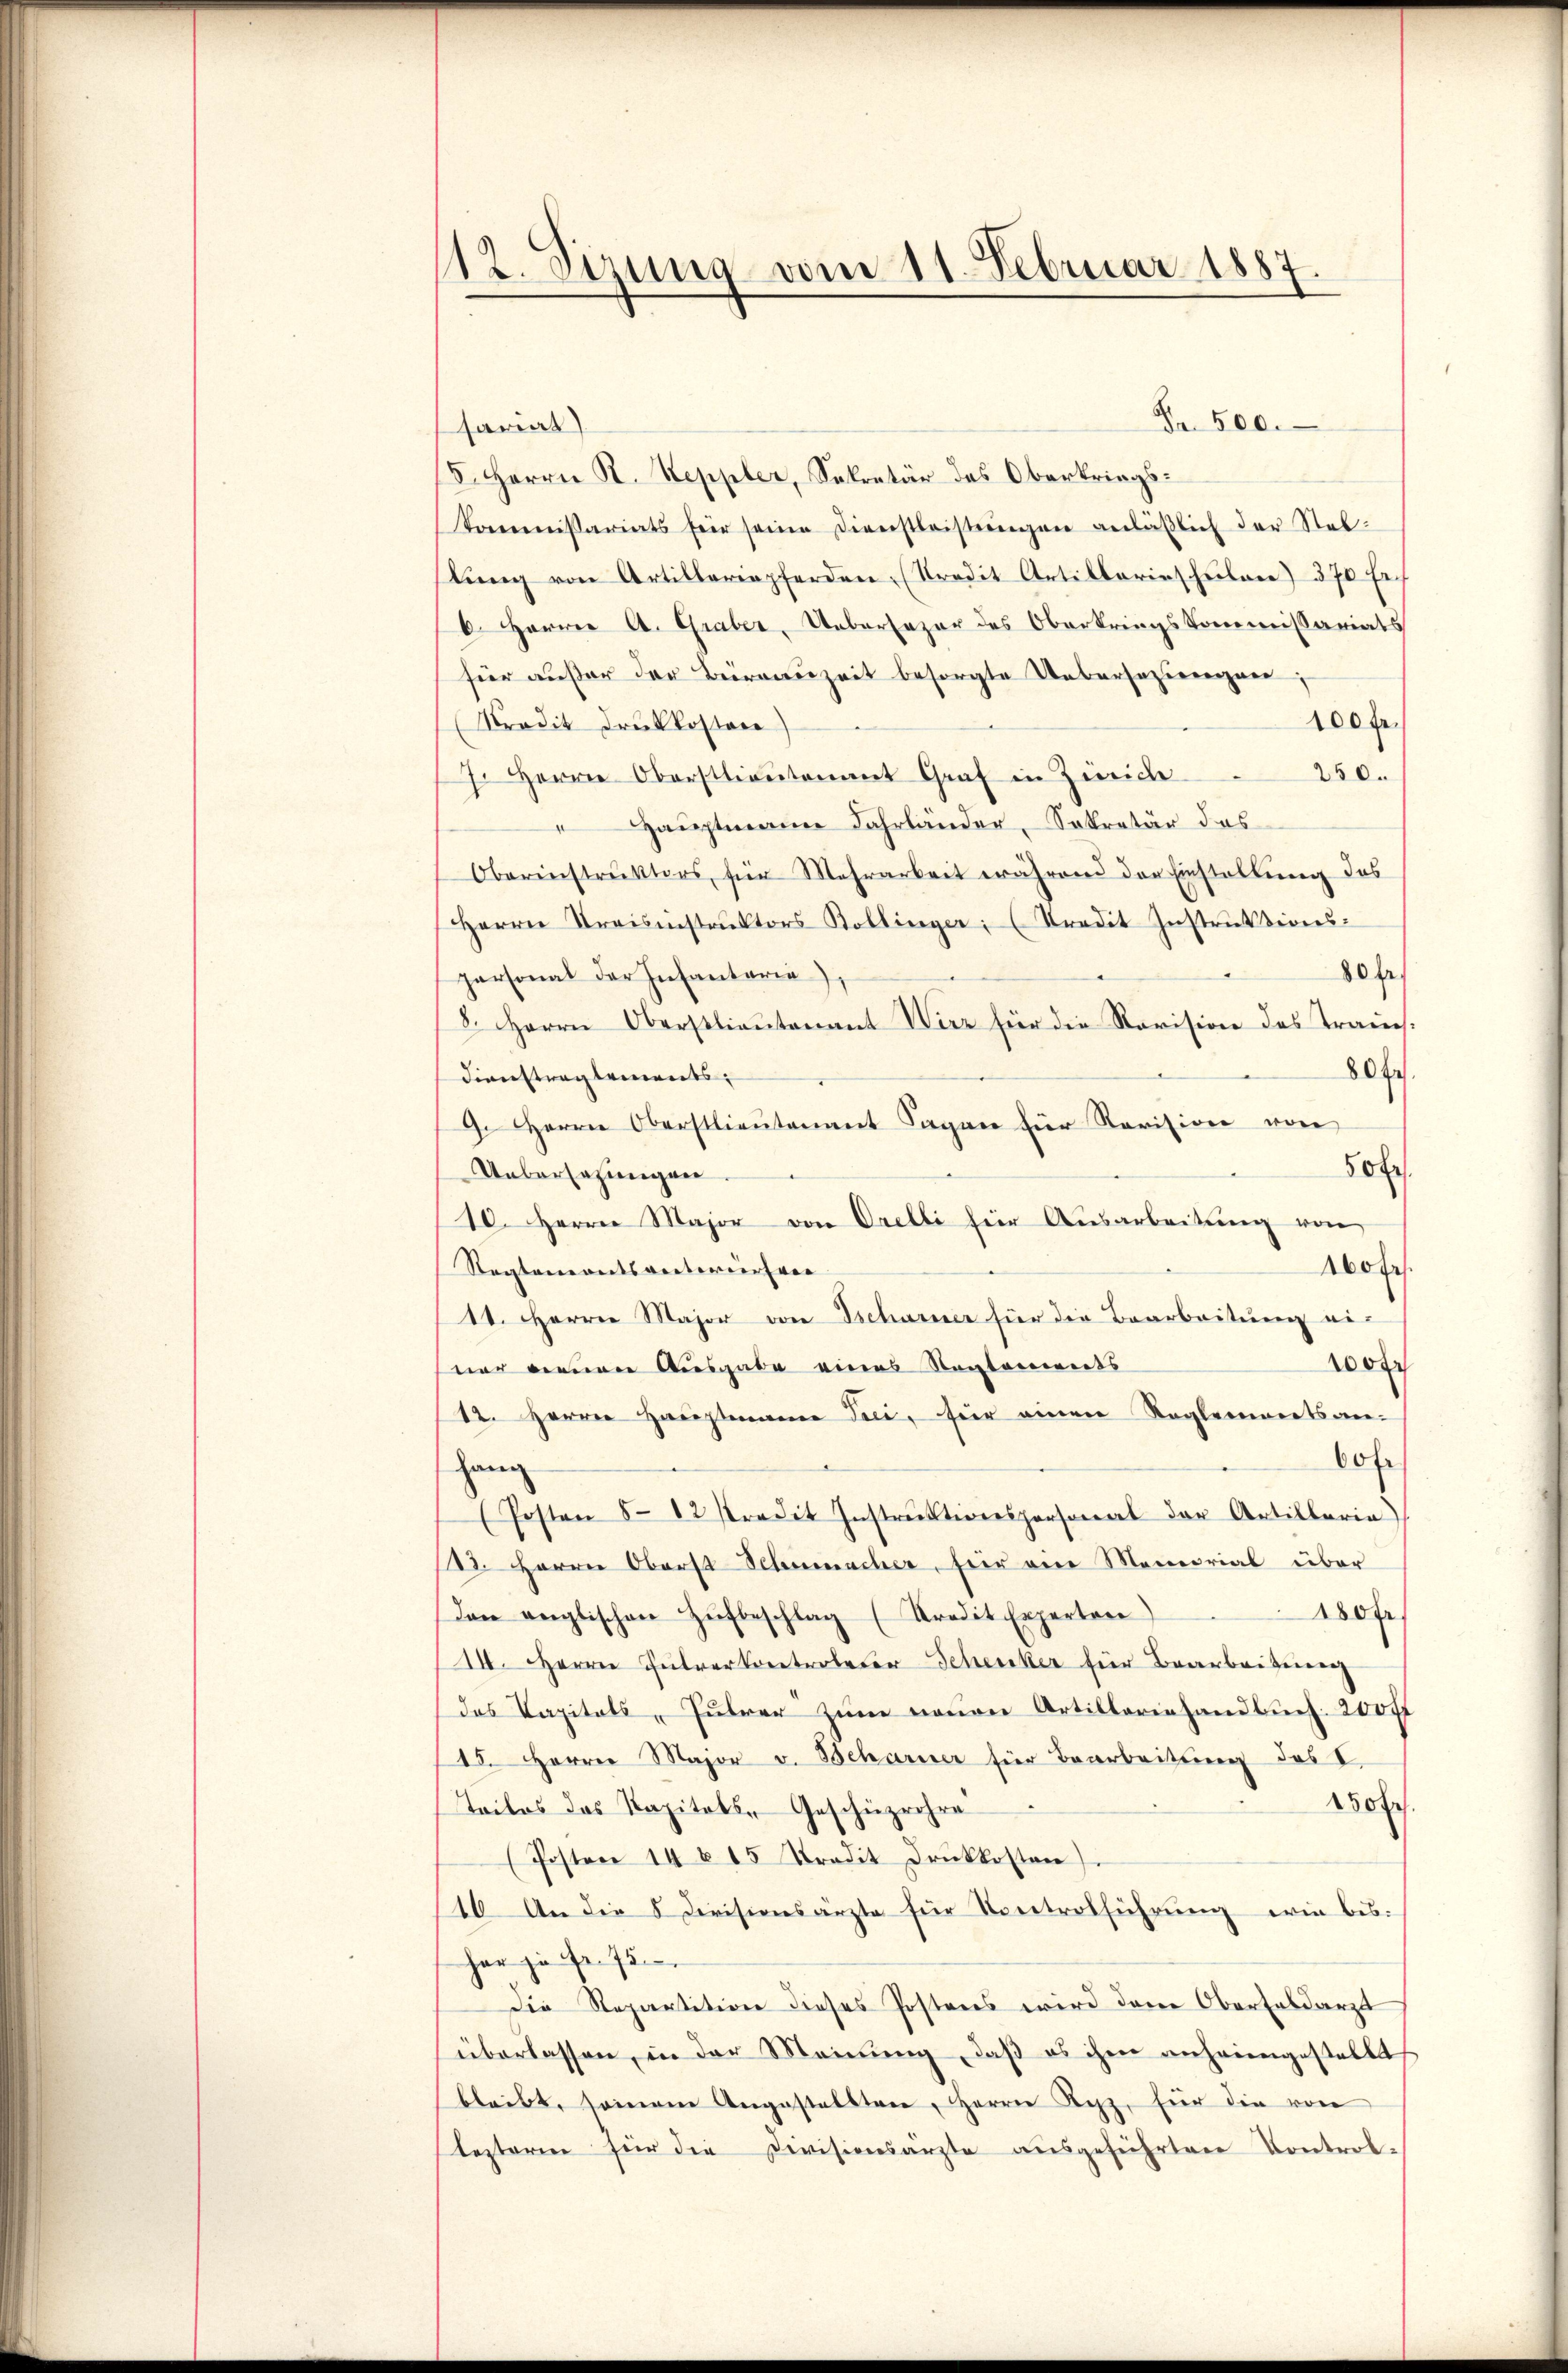
112. Sizung vom 11. Februar 1887.

Fr. 500.
sariat
5. Herrn R. Steppler, Sekretär des Oberkriegs¬
Kommissariats für seine Dienstleistŭngen anläßlich der Steb-
lung von Artillermpferden, (Kredit Artillerieschulen) 370 Fr
6. Herrer A. Graber, Uebersazer des Oberkriegs-Kommissariats
für außer der Berauszeit besorgte Uebersezungen;
100 fr.
Kredit druckkostere
250.
7. Herrn Oberstlieutamt Graf in Zürich
Hauptmann Jahrländer, Sekretär das
Oberinstrŭktors, für Mehrarbeit während der Einstellung des
Herrn Preisinstrŭktors Bollinger; (Tradit Instrŭktions-
80 Fr.
personat der Infantaria),
8. Herrn Oberstlieutenant Wirz für die Revision des Traus.
80fr
Dienstreglements,
9. Herrn Oberstlieutenant Tagen für Revision von
50 Fr.
Uebersagungen
10. Herrn Major von Orelli für Ausarbeitung von
160 fr.
Reglementsanternehrer
11. Herrer Major von Tscharner für die Bearbeitung aus
10
ner neuen Ausgabe eines Rentements
12. Herren Hauptmann Frei, für einen Reglements an-
60 fr
gang
 Posten 5 - 12 Predit Instrŭktionspersonal der Artillaria
28. Herrn Oberst Schumacher, für ein Memorial über
180 f
Den anglischen Zŭfbeschlag (Kredit Expertere
14. Herren Fuhrer kontroler Schenker für Baarbeitenen
das Kapitals, Fuhrer zum neuen Artilleriehandbuch 200 ff
15. Herrn Major v. Scharner für Bearbeitung des I
250 f
Tailos das Kapitals Geschüzrohre
(Posten 14 § 15 Stradit drückkosten).
16 An die 8 Divisionsärzte für Kontrolführung wie bis
herzusehen
Die Repartition dieses Postens wird dem Oberfaldarzt
überlassen, in der Meinung, daß es ihm anheimgestellt
bleibt, seinem Angestellten, Herrn Kerz, für die von
lezterm für die Divisionsärzte ausgeführten Kontrol¬